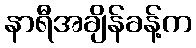
နာရီအချိန်ခန့်က